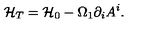
{ \cal H } _ { T } = { \cal H } _ { 0 } - \Omega _ { 1 } \partial _ { i } A ^ { i } .